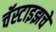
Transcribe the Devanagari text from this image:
चॅस्टाइझचे